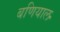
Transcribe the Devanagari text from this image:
बणियाल